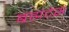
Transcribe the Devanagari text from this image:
ब्रह्मदेस